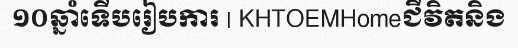
១០ឆ្នាំទើបរៀបការ | KHTOEMHomeជីវិតនិង